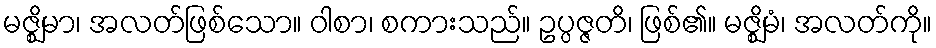
မဇ္ဈိမာ၊ အလတ်ဖြစ်သော။ ဝါစာ၊ စကားသည်။ ဥပ္ပဇ္ဇတိ၊ ဖြစ်၏။ မဇ္ဈိမံ၊ အလတ်ကို။